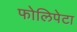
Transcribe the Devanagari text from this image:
फोलिपेटा